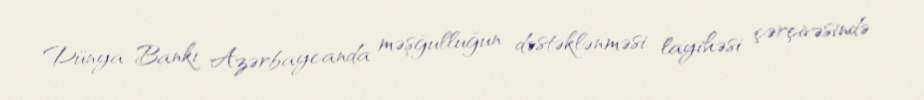
Dünya Bankı Azərbaycanda məşğulluğun dəstəklənməsi layihəsi çərçivəsində